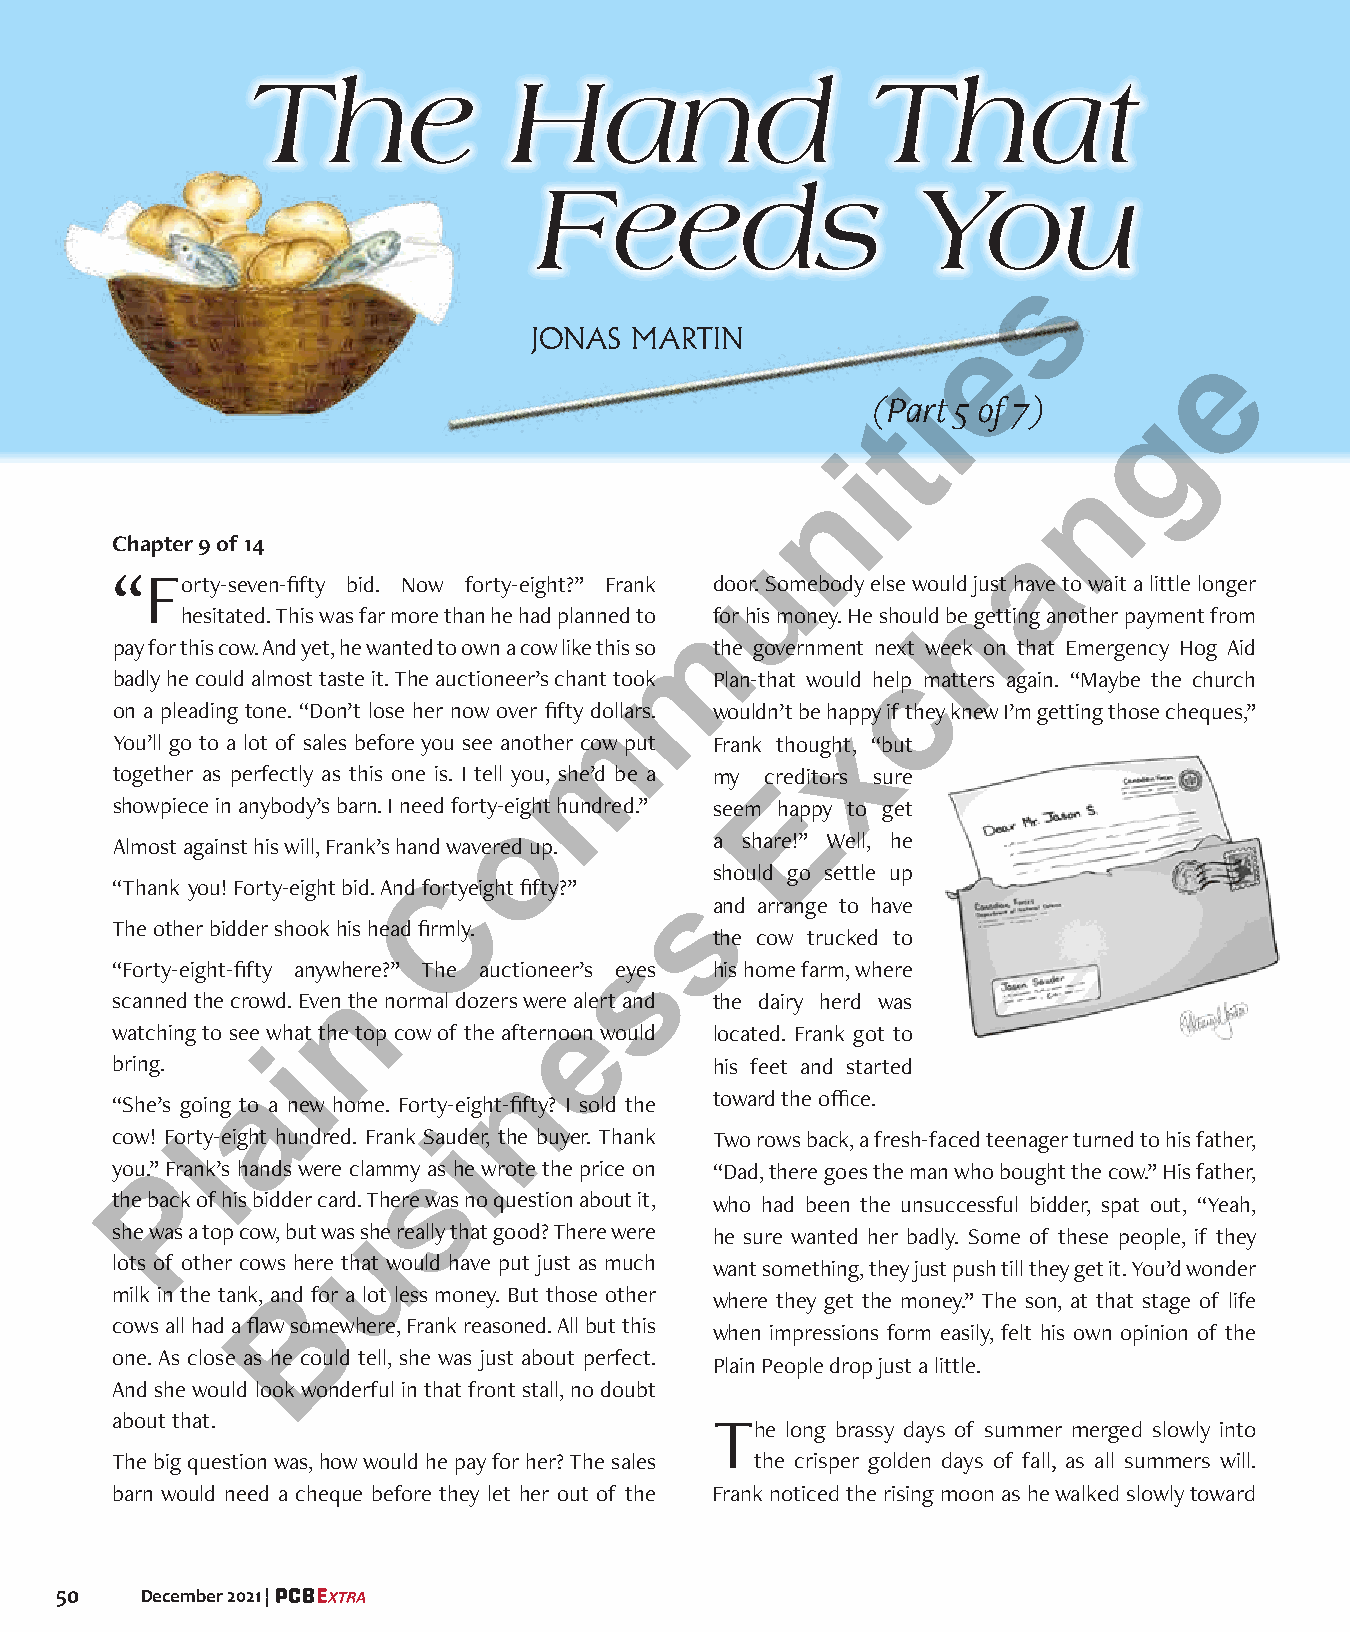
The               Hand                    That
 Feeds                    You
 s
 JONAS  MARTIN                e
 e
 i
 (Part 5 of 7)
 g
 t
 i
 n
 n
 Chapter 9 of 14                                              a
 u
 “Forty-seven-fifty bid. Now forty-eight?” Frank door. Somebody else would just have to wait a little longer
 h
 hesitated. This was far more than he had planned to for his money. He should be getting another payment from
 m
 pay for this cow. And yet, he wanted to own a cow like this so the government next week on that Emergency Hog Aid
 c
 badly he could almost taste it. The auctioneer’s chant took Plan-that would help matters again. “Maybe the church
 on a pleading tone. “Don’t lose her now over fifty dollars. wouldn’t be happy if they knew I’m getting those cheques,”
 m
 x
 You’ll go to a lot of sales before you see another cow put Frank thought, “but
 together as perfectly as this one is. I tell you, she’d be a my creditors sure
 E
 showpiece in anybody’s barn. I need forty-eight hundred.” seem happy to get
 o
 Almost against his will, Frank’s hand wavered up. a share!” Well, he
 should go settle up
 “Thank you! Forty-eight bid. And forCty eight fifty?”
 s
 and arrange to have
 The other bidder shook his head firmly.
 the cow trucked to
 s
 “Forty-eight-fifty anywhere?” The auctioneer’s eyes his home farm, where
 n
 scanned the crowd. Even the normal dozers were alert and the dairy herd was
 e
 watching to see what the top cow of the afternoon would located. Frank got to
 i
 bring.                                  his feet and started
 n
 a
 toward the office.
 “She’s going to a new home. Forty-eight-fifty? I sold the
 cow! Forty-eight hundred. Frank Sauider, the buyer. Thank Two rows back, a fresh-faced teenager turned to his father,
 l
 you.” PFrank’s hands were clammys as he wrote the price on “Dad, there goes the man who bought the cow.” His father,
 the back of his bidder card. There was no question about it, who had been the unsuccessful bidder, spat out, “Yeah,
 she was a top cow, but was suhe really that good? There were he sure wanted her badly. Some of these people, if they
 lots of other cows here that would have put just as much want something, they just push till they get it. You’d wonder
 milk in the tank, andB for a lot less money. But those other
 where they get the money.” The son, at that stage of life
 cows all had a flaw somewhere, Frank reasoned. All but this
 when impressions form easily, felt his own opinion of the
 one. As close as he could tell, she was just about perfect.
 Plain People drop just a little.
 And she would look wonderful in that front stall, no doubt
 about that.                             The  long brassy days of summer merged slowly into
 The big question was, how would he pay for her? The sales the crisper golden days of fall, as all summers will.
 barn would need a cheque before they let her out of the Frank noticed the rising moon as he walked slowly toward
 50   December 2021 |